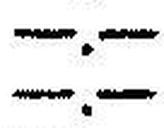
—.—